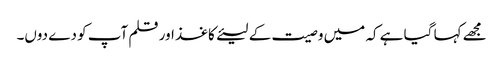
مجھے کہا گیا ہے کہ میں وصیت کے لیئےکاغذ اور قلم آپ کو دے دوں۔